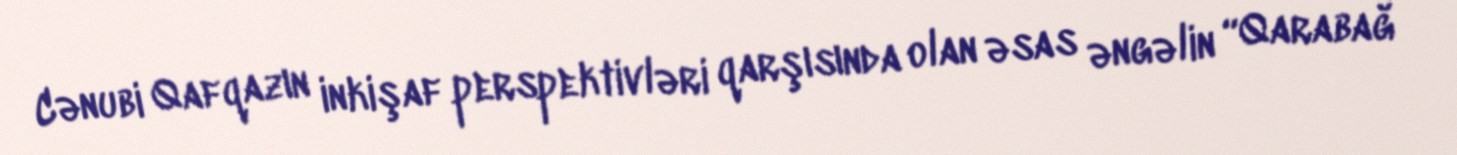
Cənubi Qafqazın inkişaf perspektivləri qarşısında olan əsas əngəlin “Qarabağ